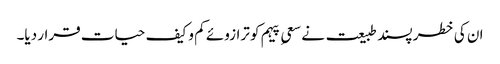
ان کی خطر پسند طبیعت نے سعیِ پیہم کو ترازوئے کم و کیف حیات قرار دیا۔